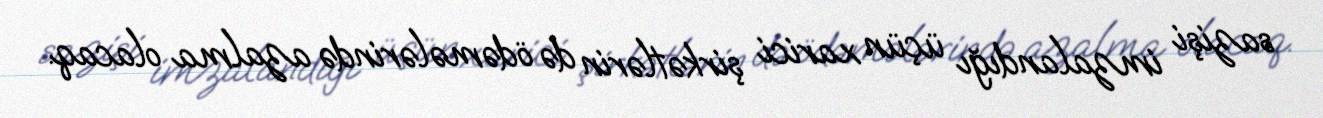
sazişi imzalandığı üçün xarici şirkətlərin də ödəmələrində azalma olacaq.